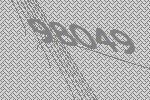
98049